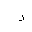
Letter: _dal